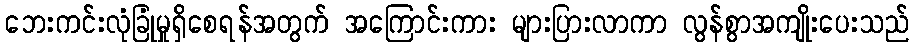
ဘေးကင်းလုံခြုံမှုရှိစေရန်အတွက် အကြောင်းကား များပြားလာကာ လွန်စွာအကျိုးပေးသည်